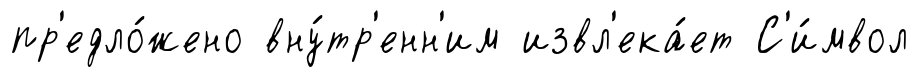
пр'едло́жено вну́тр'енн'им извл'ека́ет С'и́мвол